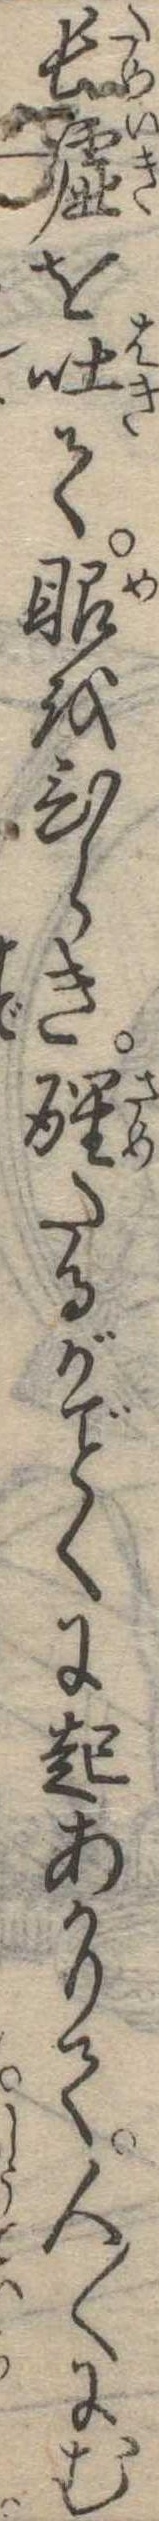
長嘘を吐て眼をひらき醒たるがくに起あがりて人〱にむ